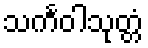
သင်္ကဝါသုတ္တံ